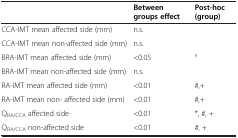
<table><thead><tr><td><b> </b></td><td><b>Between groups effect</b></td><td><b>Post-hoc (group)</b></td></tr></thead><tbody><tr><td>CCA-IMT mean affected side (mm)</td><td>n.s.</td><td> </td></tr><tr><td>CCA-IMT mean non-affected side (mm)</td><td>n.s.</td><td> </td></tr><tr><td>BRA-IMT mean affected side (mm)</td><td>&lt;0.05</td><td>°</td></tr><tr><td>BRA-IMT mean non-affected side (mm)</td><td>n.s.</td><td> </td></tr><tr><td>RA-IMT mean affected side (mm)</td><td>&lt;0.01</td><td>#,+</td></tr><tr><td>RA-IMT mean non- affected side (mm)</td><td>&lt;0.01</td><td>#,+</td></tr><tr><td>Q<sub>RA/CCA</sub> affected side</td><td>&lt;0.01</td><td>*, #, +</td></tr><tr><td>Q<sub>RA/CCA</sub> non-affected side</td><td>&lt;0.01</td><td>#, +</td></tr></tbody></table>